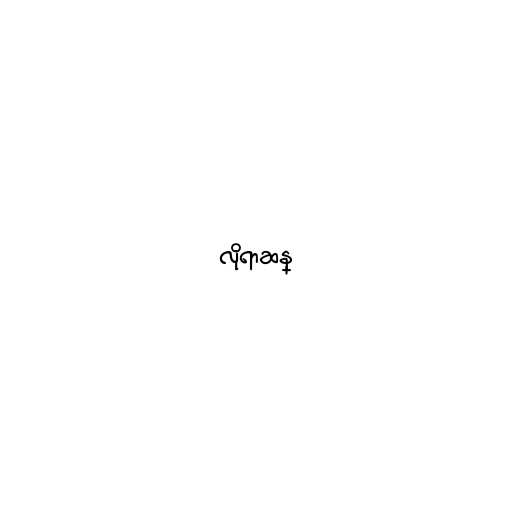
လိုရာဆန္